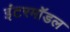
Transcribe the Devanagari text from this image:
इंटरमॉडल